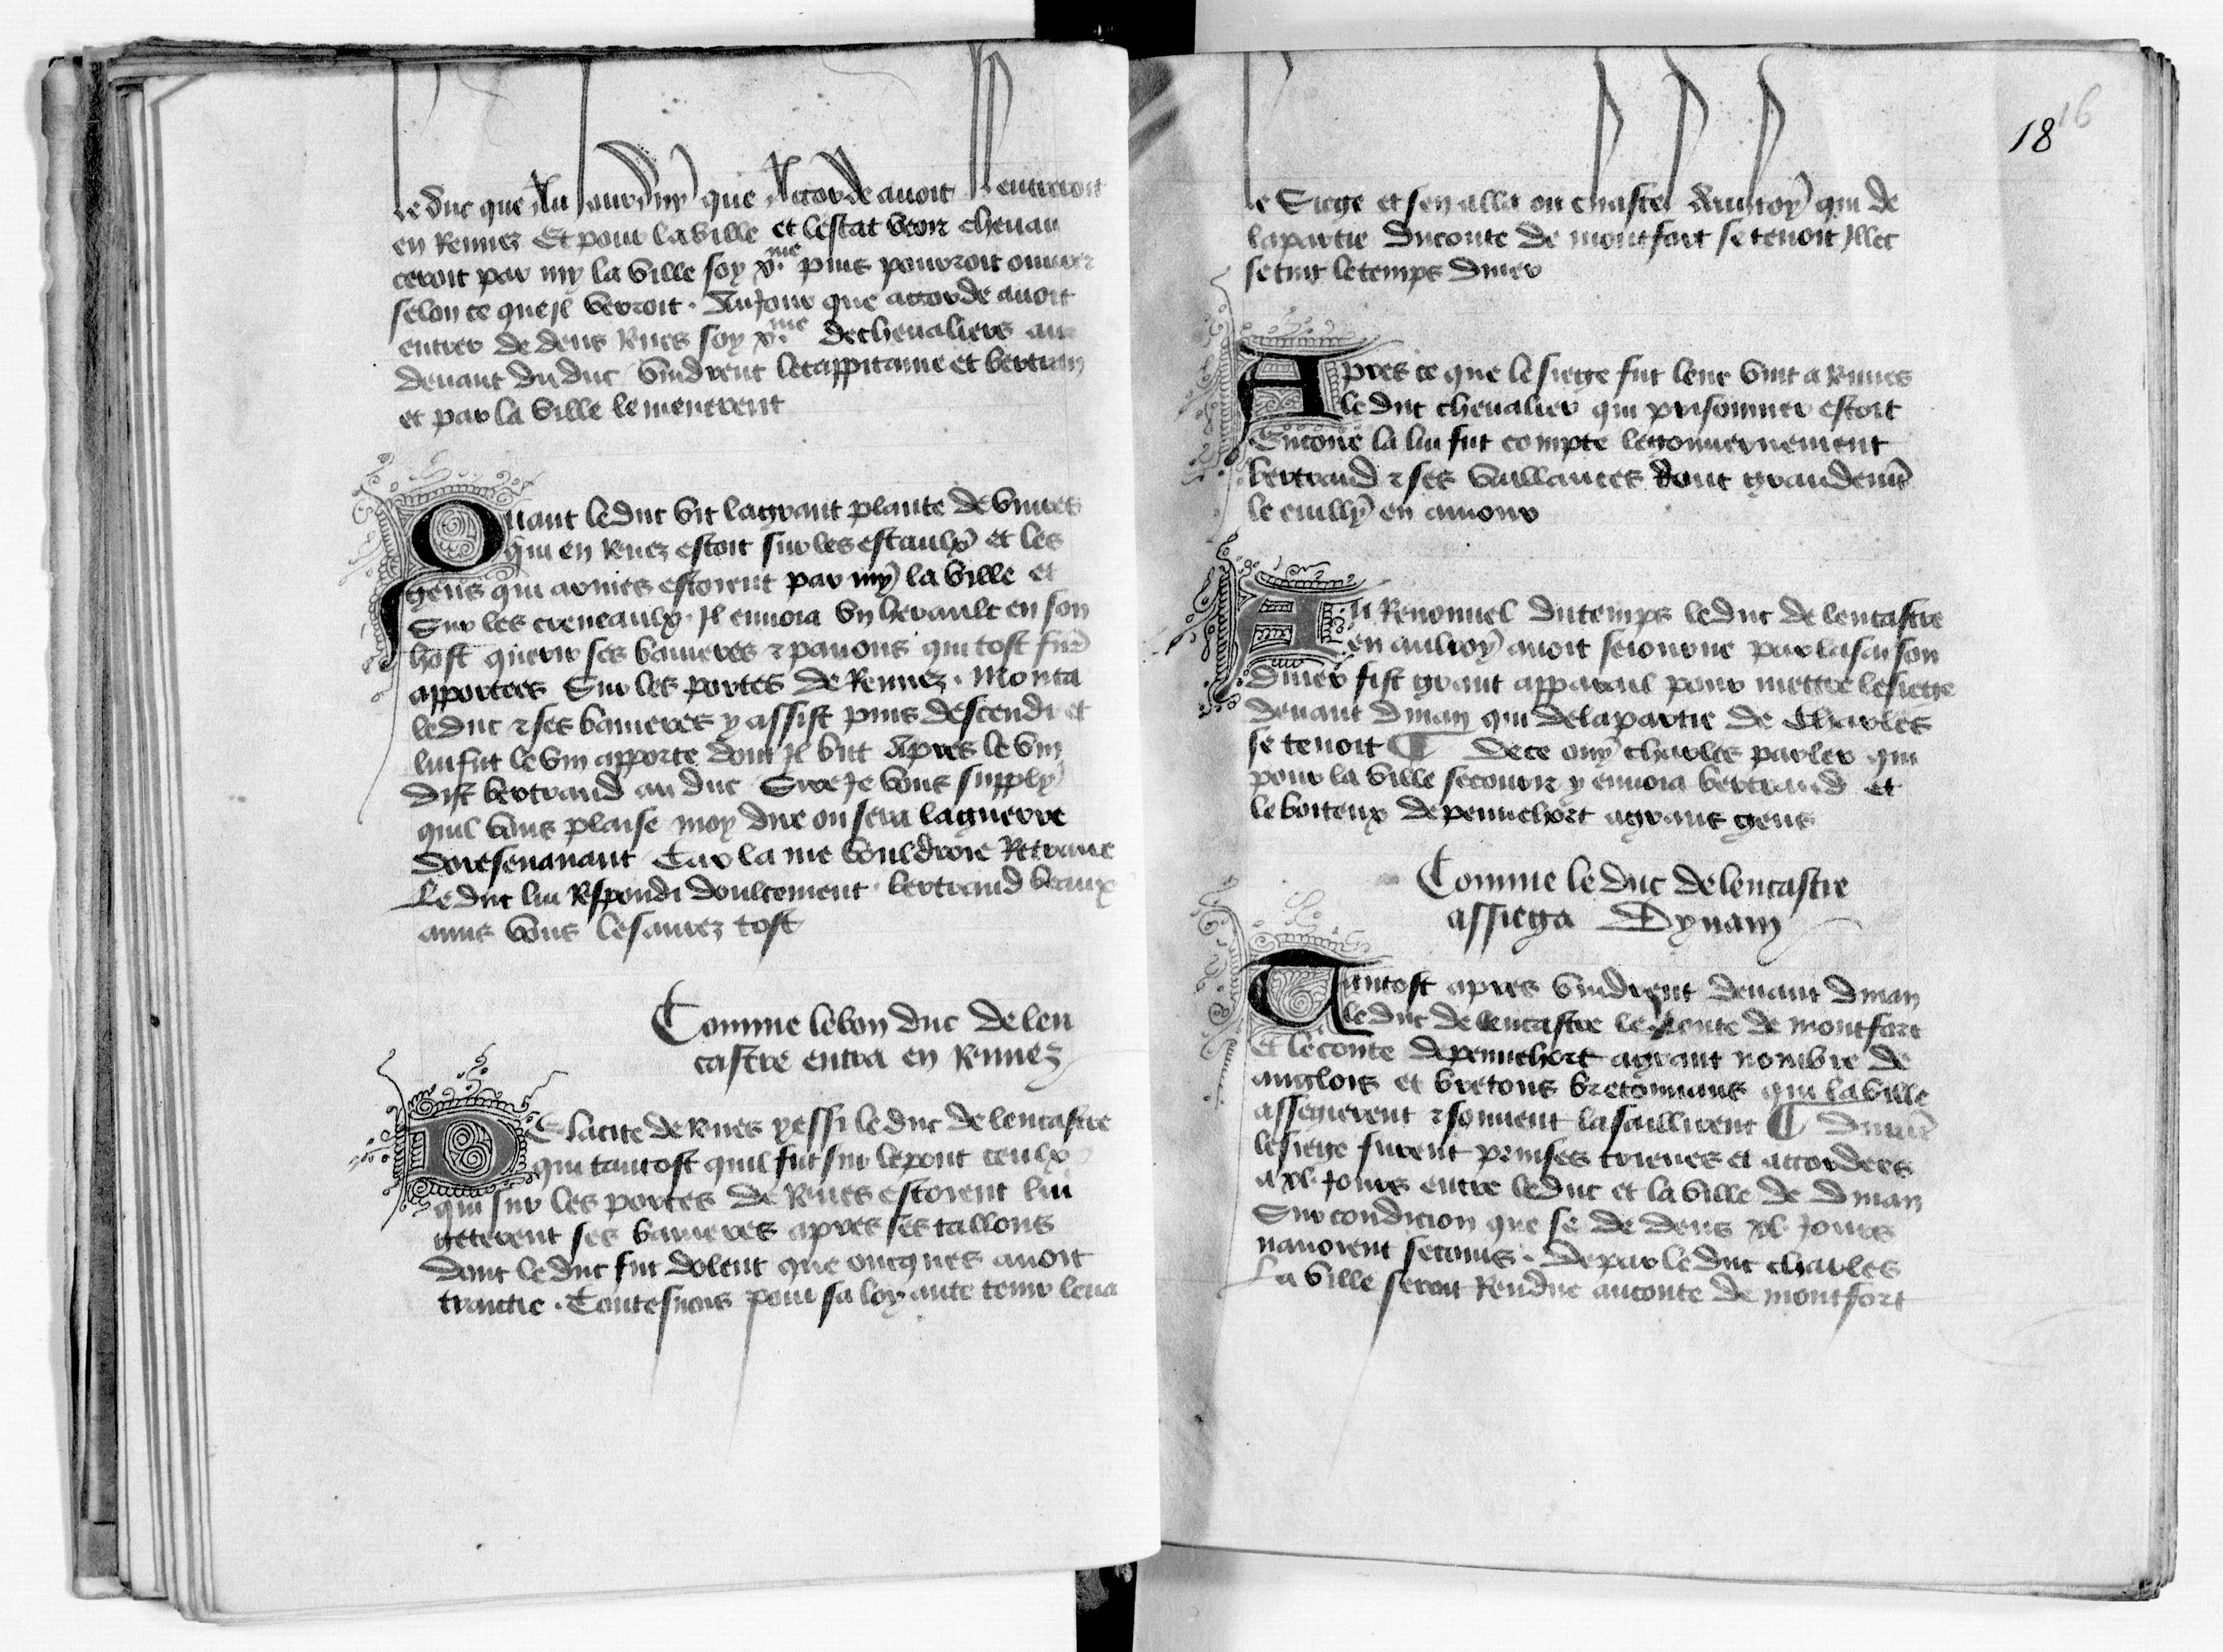
Shelfmark: Paris, BnF, fr. 1984
Century: 15